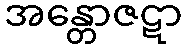
အန္တောဇဋာ